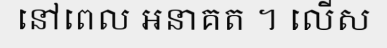
នៅពេល អនាគត ។ លើស